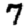
Digit: 7